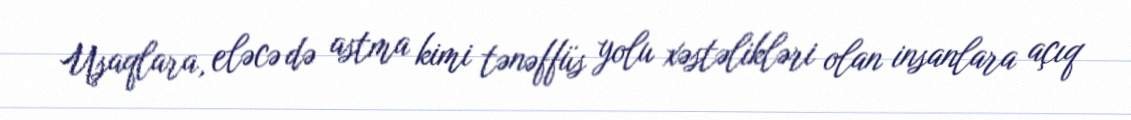
Uşaqlara, eləcə də astma kimi tənəffüs yolu xəstəlikləri olan insanlara açıq